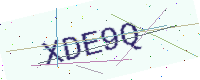
Text: XDE9Q